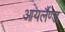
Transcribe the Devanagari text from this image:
आयर्लैण्ड